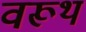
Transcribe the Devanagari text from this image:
वरूथ